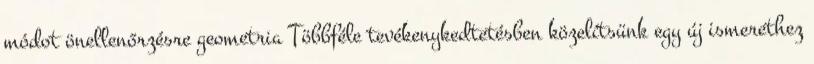
módot önellenőrzésre geometria Többféle tevékenykedtetésben közelítsünk egy új ismerethez